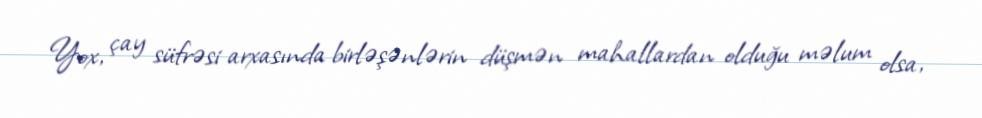
Yox, çay süfrəsi arxasında birləşənlərin düşmən mahallardan olduğu məlum olsa,